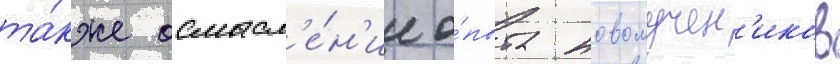
та́кже осмысл'е́н'ие о́пыта новомучен'иков